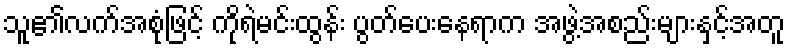
သူ၏လက်အစုံဖြင့် ကိုရဲမင်းထွန်း ပွတ်ပေးနေရာက အဖွဲ့အစည်းများနှင့်အတူ